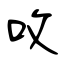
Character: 呚